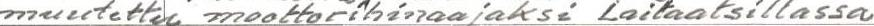
muutettu moottorihinaajaksi Laitaatsillassa